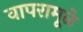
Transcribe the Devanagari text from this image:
वापरामूळे